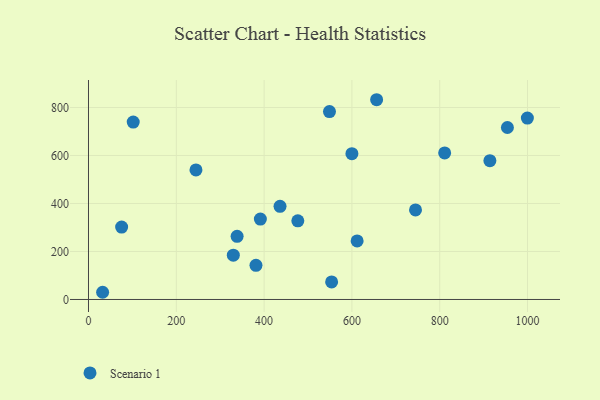
{"axis": {"x": "Study Hours", "y": "Yield"}, "legend": ["Scenario 1"], "data": [{"x": "101.9", "y": 739.2, "type": "Scenario 1"}, {"x": "811.3", "y": 610.8, "type": "Scenario 1"}, {"x": "391.5", "y": 335.0, "type": "Scenario 1"}, {"x": "999.7", "y": 755.9, "type": "Scenario 1"}, {"x": "548.9", "y": 783.2, "type": "Scenario 1"}, {"x": "611.9", "y": 244.0, "type": "Scenario 1"}, {"x": "244.8", "y": 539.9, "type": "Scenario 1"}, {"x": "914.3", "y": 578.3, "type": "Scenario 1"}, {"x": "954.2", "y": 716.6, "type": "Scenario 1"}, {"x": "32.2", "y": 30.0, "type": "Scenario 1"}, {"x": "436.3", "y": 388.1, "type": "Scenario 1"}, {"x": "656.3", "y": 832.4, "type": "Scenario 1"}, {"x": "329.9", "y": 184.4, "type": "Scenario 1"}, {"x": "381.5", "y": 142.2, "type": "Scenario 1"}, {"x": "744.9", "y": 373.1, "type": "Scenario 1"}, {"x": "553.8", "y": 73.1, "type": "Scenario 1"}, {"x": "476.8", "y": 327.6, "type": "Scenario 1"}, {"x": "75.5", "y": 301.7, "type": "Scenario 1"}, {"x": "600.0", "y": 607.7, "type": "Scenario 1"}, {"x": "338.5", "y": 263.2, "type": "Scenario 1"}]}